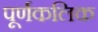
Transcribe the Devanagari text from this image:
पूर्णकलिक